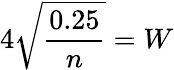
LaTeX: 4{\sqrt{\frac{0.25}{n}}}=W